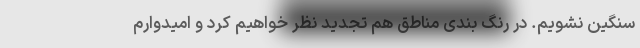
سنگین نشویم. در رنگ بندی مناطق هم تجدید نظر خواهیم کرد و امیدوارم